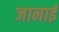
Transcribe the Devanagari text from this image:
जानाई